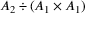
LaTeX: A _ { 2 } \div ( A _ { 1 } \times A _ { 1 } )